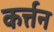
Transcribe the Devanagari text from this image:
कर्त्तन